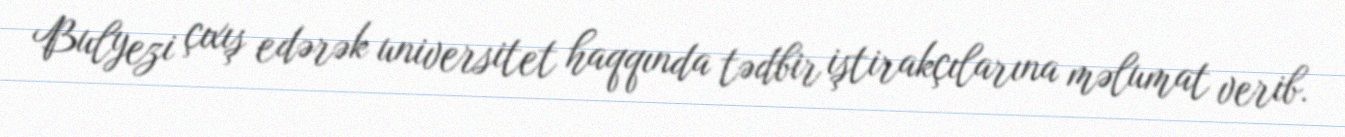
Bulyezi çıxış edərək universitet haqqında tədbir iştirakçılarına məlumat verib.